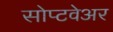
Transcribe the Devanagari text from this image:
सोप्टवेअर